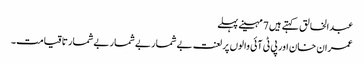
عبدالخالق کہتے ہیں 7 مہینے پہلے
عمران خان اور پی ٹی آئی والوں پر لعنت بےشمار بےشمار بےشمار تاقیامت۔